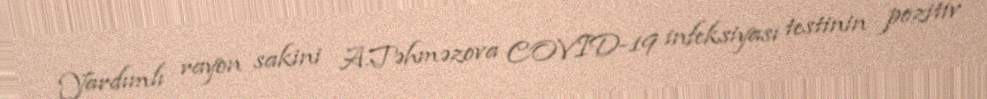
Yardımlı rayon sakini A.Təhməzova COVID-19 infeksiyası testinin pozitiv